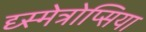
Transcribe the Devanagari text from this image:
द्य्स्मेत्रोप्सिया